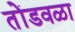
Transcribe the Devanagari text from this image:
तोंडवळा